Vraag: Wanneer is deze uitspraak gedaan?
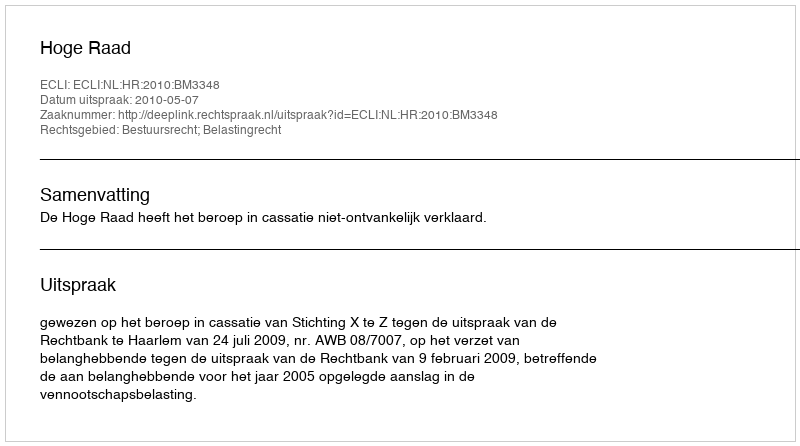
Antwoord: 2010-05-07